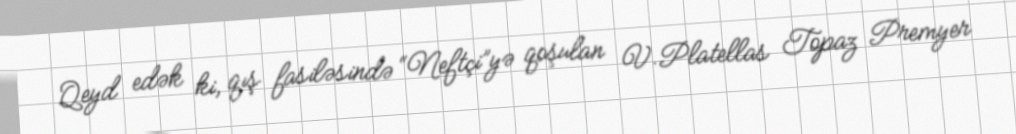
Qeyd edək ki, qış fasiləsində “Neftçi”yə qoşulan V.Platellas Topaz Premyer